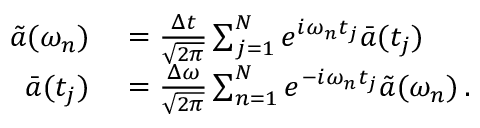
\begin{array} { r l } { \tilde { a } ( \omega _ { n } ) } & { { } = \frac { \Delta t } { \sqrt { 2 \pi } } \sum _ { j = 1 } ^ { N } e ^ { i \omega _ { n } t _ { j } } \bar { a } ( t _ { j } ) \, } \\ { \bar { a } ( t _ { j } ) } & { { } = \frac { \Delta \omega } { \sqrt { 2 \pi } } \sum _ { n = 1 } ^ { N } e ^ { - i \omega _ { n } t _ { j } } \tilde { a } ( \omega _ { n } ) \, . } \end{array}